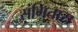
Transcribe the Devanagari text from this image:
संगितास